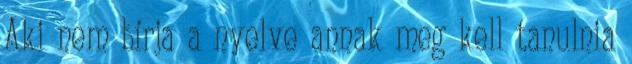
Aki nem bírja a nyelve annak meg kell tanulnia